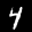
Label: 4